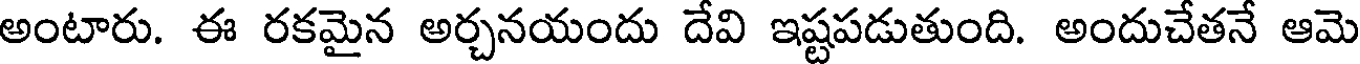
అంటారు. ఈ రకమైన అర్చనయందు దేవి ఇష్టపడుతుంది. అందుచేతనే ఆమె